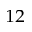
^ { 1 2 }